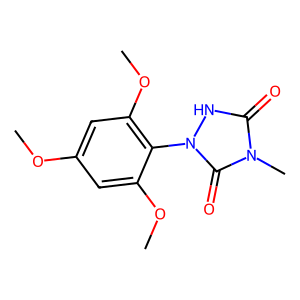
SMILES: COc1cc(OC)c(-n2[nH]c(=O)n(C)c2=O)c(OC)c1
Inhibits HIV replication: No